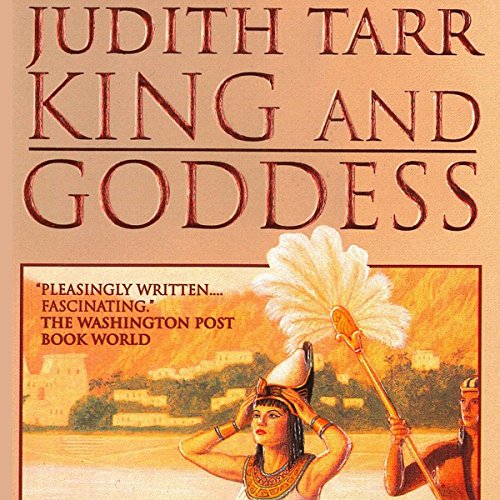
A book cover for King and Goddess; Judith Tarr; Romance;